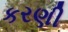
કરણી